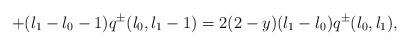
LaTeX: \begin{align*}+ (l_{1}-l_{0}-1)q^{\pm}(l_{0},l_{1}-1)= 2(2-y)(l_{1}-l_{0})q^{\pm}(l_{0},l_{1}),\end{align*}